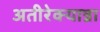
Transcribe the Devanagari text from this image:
अतीरेक्यान्ना